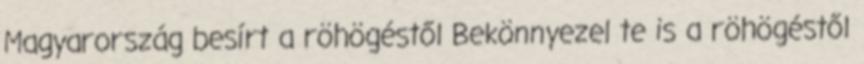
Magyarország besírt a röhögéstől Bekönnyezel te is a röhögéstől